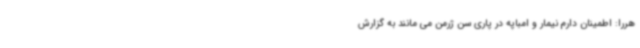
هررا: اطمینان دارم نیمار و امباپه در پاری سن ژرمن می مانند به گزارش